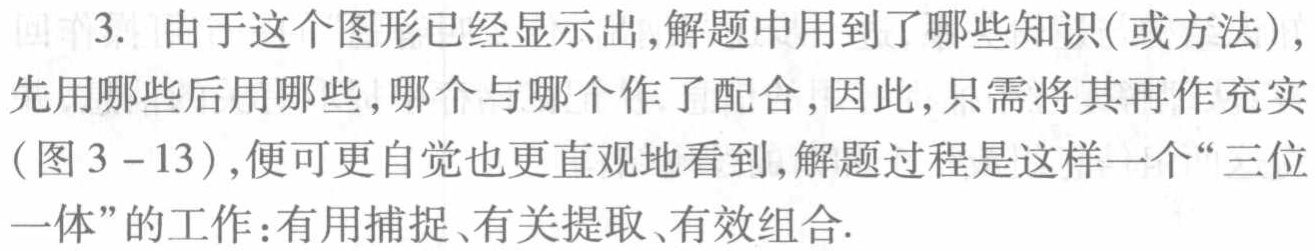
3. 由于这个图形已经显示出,解题中用到了哪些知识(或方法),先用哪些后用哪些,哪个与哪个作了配合,因此,只需将其再作充实(图3 - 13),便可更自觉也更直观地看到,解题过程是这样一个“三位一体”的工作:有用捕捉、有关提取、有效组合.